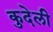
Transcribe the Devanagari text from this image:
कुदेली